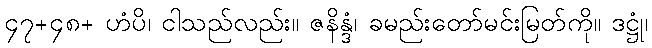
၄၇+၄၈+ ဟံပိ၊ ငါသည်လည်း။ ဇနိန္ဒံ၊ ခမည်းတော်မင်းမြတ်ကို။ ဒဋ္ဌုံ၊